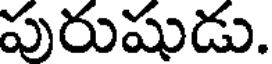
పురుషుడు.